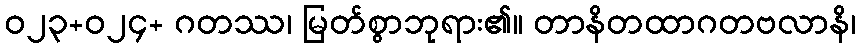
ဝ၂၃+၀၂၄+ ဂတဿ၊ မြတ်စွာဘုရား၏။ တာနိတထာဂတဗလာနိ၊